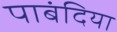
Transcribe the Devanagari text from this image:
पाबंदिया